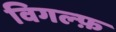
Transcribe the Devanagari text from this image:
विगल्फ़